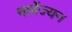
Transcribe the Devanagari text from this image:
नार्वेज्यन